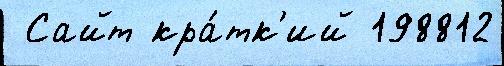
 Сайт кра́тк'ий 198812